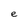
Character: e